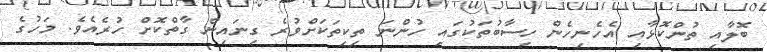
ބޮލާއި ތުންކޮޅާއި އެހެނިހެން ހިސާބުތަކުގައި ހުންނަ ތިކިތަކަށްވުރެ ގިނައިން ގާތްކޮށް ހުރެއެވެ. މަހުގެ